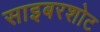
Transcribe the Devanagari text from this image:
साइबरशोट